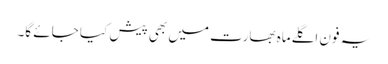
یہ فون اگلےماہ بھارت میں بھی پیش کیا جائے گا۔